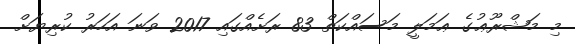
މި މަޝްރޫޢުގެ ޢަމަލީ މަސައްކަތް 83 ރަށެއްގައި 2017 ވަނަ އަހަރު ކުރިޔަށް